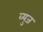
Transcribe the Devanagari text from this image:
व्युज